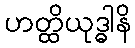
ဟတ္ထိယုဒ္ဓါနိ